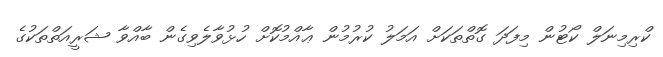
ކްރިމިނަލް ކޯޓުން މިފަދަ ގޮތްތަކަށް އަމަލު ކުރުމުން ޢާއްމުކޮށް ހުޅުވާލެވިގެން ބާއްވާ ޝަރީއަތްތަކުގެ